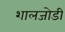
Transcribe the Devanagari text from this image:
शालजोडी